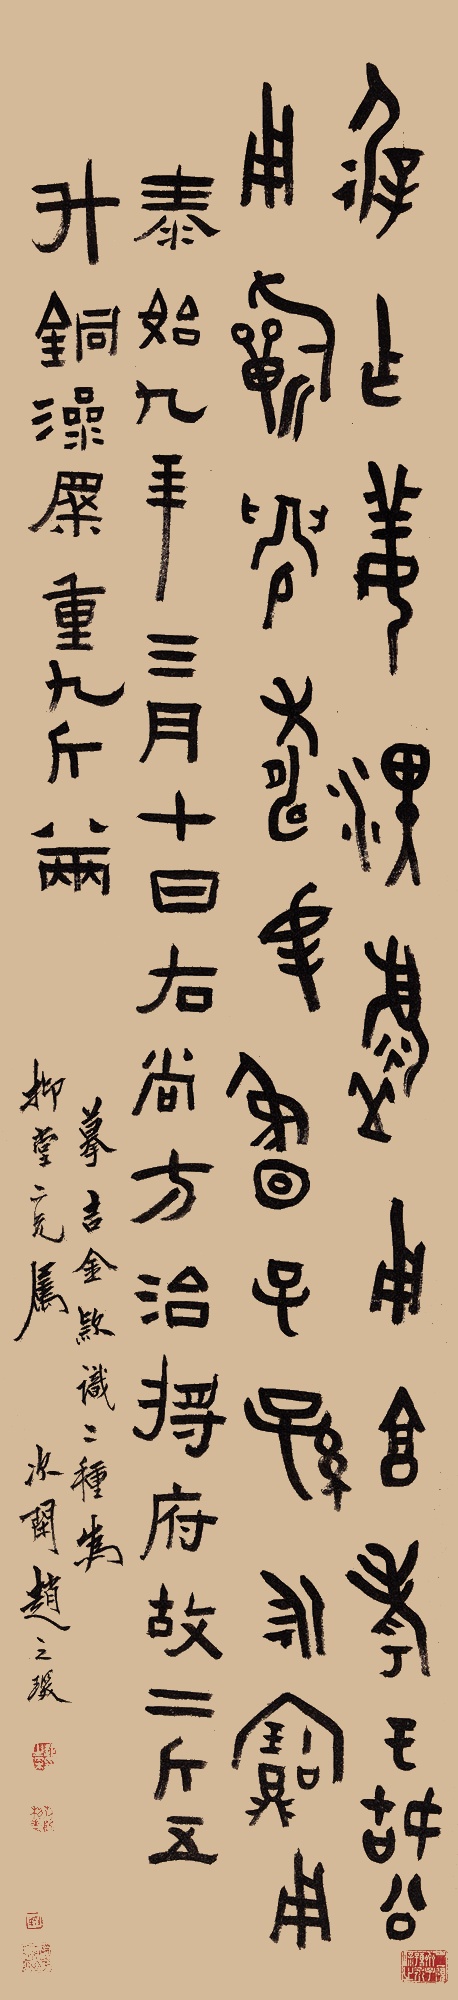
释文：（一）屖作姜。□□用享孝于姑公。用祈眉寿纯鲁。子子孙永宝用。（二）泰始九年三月十日右尚方治将府故二斤五升铜澡盆重九斤八两。摹吉金款识二种，为抑堂二兄属。次闲赵之琛。